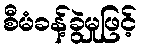
စီမံခန့်ခွဲမှုဖြင့်